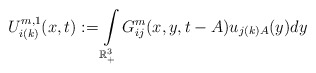
\begin{align*}U_{i(k)}^{m,1}(x,t):= \int\limits_{\mathbb{R}^{3}_{+}}G_{ij}^{m}(x,y,t-A)u_{j(k)A}(y) dy\end{align*}